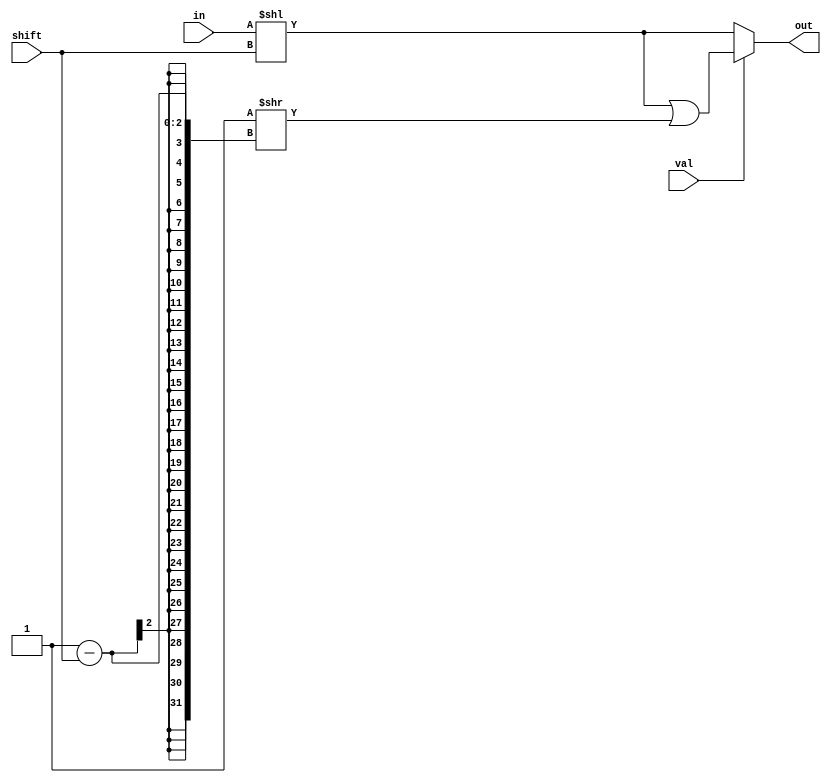
module LSHIFT2 #(parameter SIZE = 2)(input [SIZE-1:0] in, 
    input [SIZE-1:0] shift, input val,
    output reg [SIZE-1:0] out);
always @(in or shift or val) begin
    out = in << shift;
	if(val)
	    out = out | ({SIZE-1 {1'b1} } >> (SIZE-1-shift));
end	
endmodule